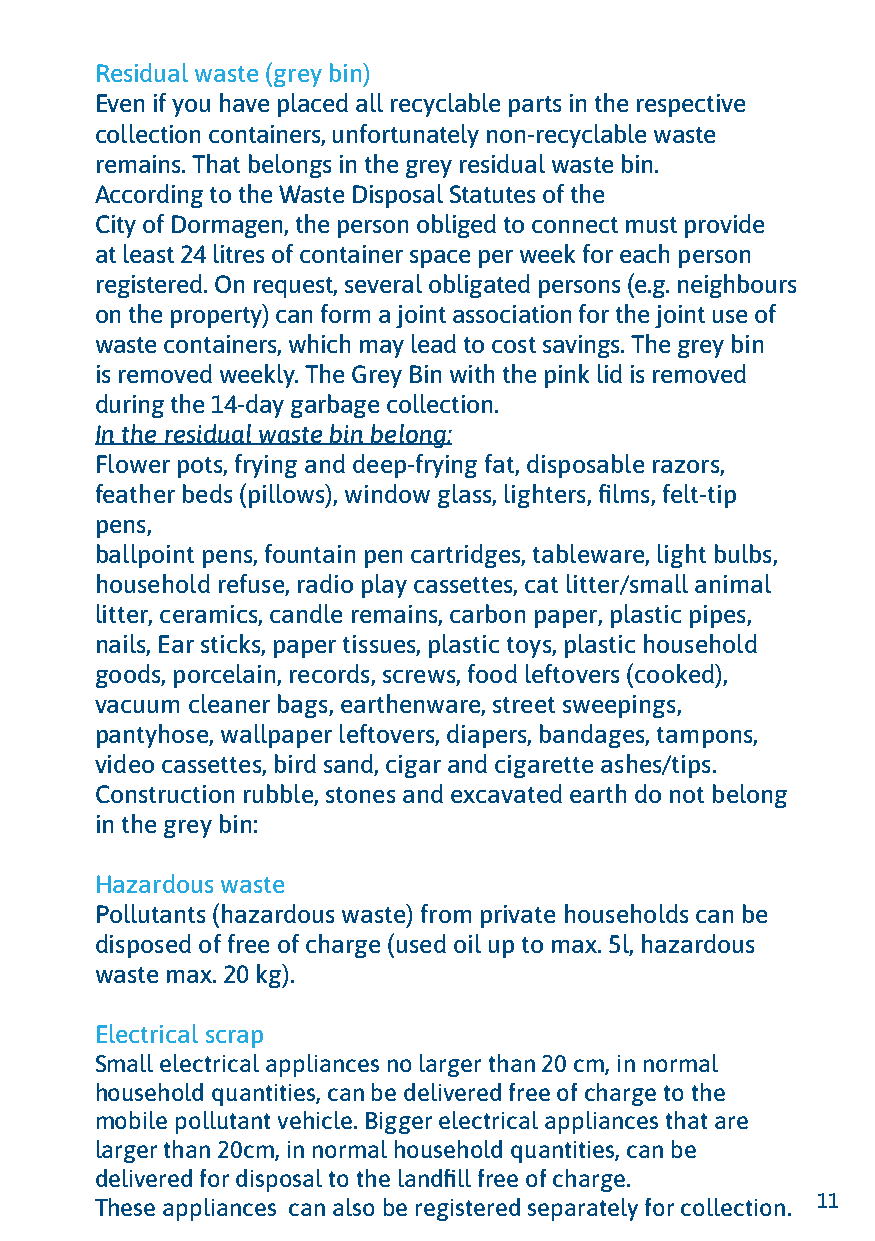
Residual waste (grey bin)
 Even if you have placed all recyclable parts in the respective
 collection containers, unfortunately non-recyclable waste
 remains. That belongs in the grey residual waste bin.
 According to the Waste Disposal Statutes of the
 City of Dormagen, the person obliged to connect must provide
 at least 24 litres of container space per week for each person
 registered. On request, several obligated persons (e.g. neighbours
 on the property) can form a joint association for the joint use of
 waste containers, which may lead to cost savings. The grey bin
 is removed weekly. The Grey Bin with the pink lid is removed
 during the 14-day garbage collection.
 In the residual waste bin belong:
 Flower pots, frying and deep-frying fat, disposable razors,
 feather beds (pillows), window glass, lighters, films, felt-tip
 pens,
 ballpoint pens, fountain pen cartridges, tableware, light bulbs,
 household refuse, radio play cassettes, cat litter/small animal
 litter, ceramics, candle remains, carbon paper, plastic pipes,
 nails, Ear sticks, paper tissues, plastic toys, plastic household
 goods, porcelain, records, screws, food leftovers (cooked),
 vacuum cleaner bags, earthenware, street sweepings,
 pantyhose, wallpaper leftovers, diapers, bandages, tampons,
 video cassettes, bird sand, cigar and cigarette ashes/tips.
 Construction rubble, stones and excavated earth do not belong
 in the grey bin:
 Hazardous waste
 Pollutants (hazardous waste) from private households can be
 disposed of free of charge (used oil up to max. 5l, hazardous
 waste max. 20 kg).
 Electrical scrap
 Small electrical appliances no larger than 20 cm, in normal
 household quantities, can be delivered free of charge to the
 mobile pollutant vehicle. Bigger electrical appliances that are
 larger than 20cm, in normal household quantities, can be
 delivered for disposal to the landfill free of charge.
 These appliances can also be registered separately for collection. 11